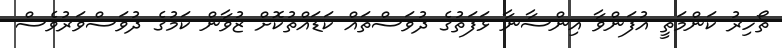
ތޯހިރު ކަންމަތީ އުފަންވާ އިންސާނާ ޅަފަތުގެ ދުވަސްތައް ކަޑައްތުކޮށް ޒުވާން ކަމުގެ ދުވަސްވަރުވެސް